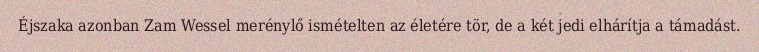
Éjszaka azonban Zam Wessel merénylő ismételten az életére tör, de a két jedi elhárítja a támadást.